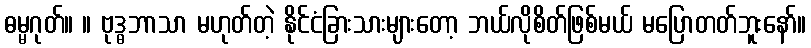
ဓမ္မဂုတ်။ ။ ဗုဒ္ဓဘာသာ မဟုတ်တဲ့ နိုင်ငံခြားသားများတော့ ဘယ်လိုစိတ်ဖြစ်မယ် မပြောတတ်ဘူးနော်။